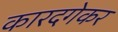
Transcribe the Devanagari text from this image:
कारदगेकर